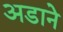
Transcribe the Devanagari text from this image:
अडाने